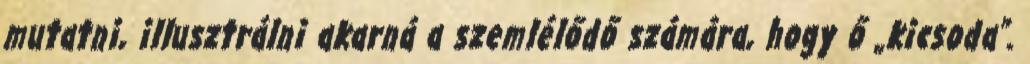
mutatni, illusztrálni akarná a szem­lélődő számára, hogy ő „kicsoda”.